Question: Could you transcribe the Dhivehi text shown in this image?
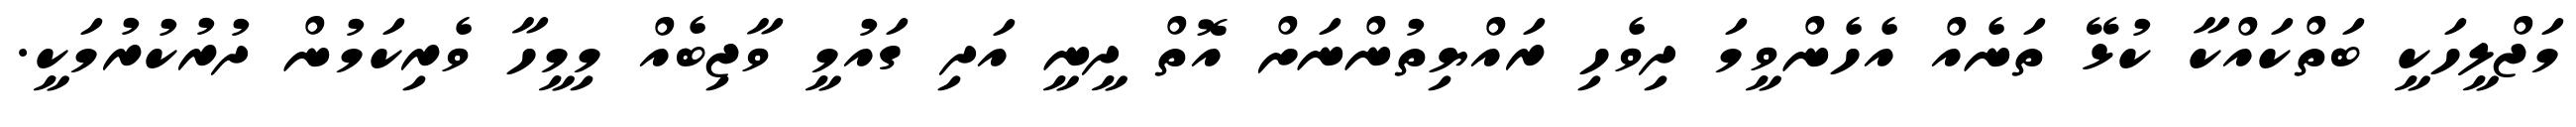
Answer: މަޖްލީހަކީ ބަތްކައްކާ ކުޅޭ ތަނެއް އެހެންވީމަ ދިވެހި ރައްޔިތުންނަށް އޮތް ދީނީ އަދި ގައުމީ ވާޖިބެއް މިމީހާ ވެރިކަމުން ދުރުކުރުމަކީ.